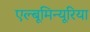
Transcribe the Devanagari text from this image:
एल्बूमिन्यूरिया